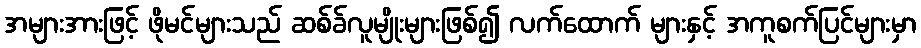
အများအားဖြင့် ဖိုမင်များသည် ဆစ်ခ်လူမျိုးများဖြစ်၍ လက်ထောက် များနှင့် အကူစက်ပြင်များမှာ